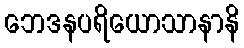
ဘေဒနပရိယောသာနာနိ